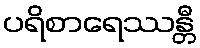
ပရိစာရေဿန္တီ